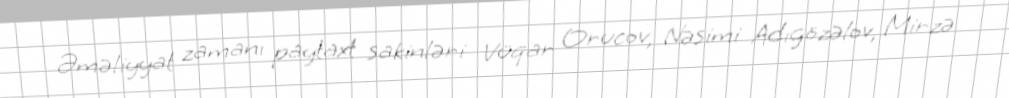
Əməliyyat zamanı paytaxt sakinləri Vüqar Orucov, Nəsimi Adıgözəlov, Mirzə